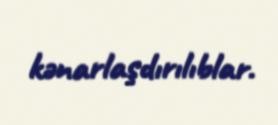
kənarlaşdırılıblar.